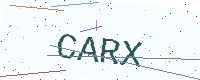
Text: CARX